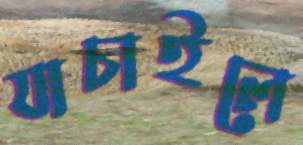
যাচাইলে